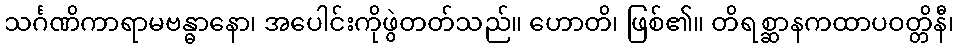
သင်္ဂဏိကာရာမဗန္ဓာနော၊ အပေါင်းကိုဖွဲတတ်သည်။ ဟောတိ၊ ဖြစ်၏။ တိရစ္ဆာနကထာပဝတ္တိနီ၊